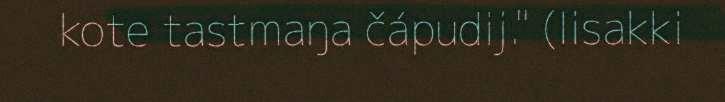
kote tastmaŋa čápudij." (Iisakki